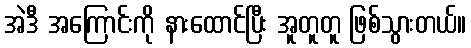
အဲဒီ အကြောင်းကို နားထောင်ပြီး အူတူတူ ဖြစ်သွားတယ်။